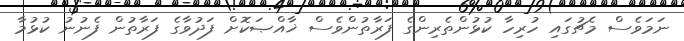
ނަމަވެސް މެޗުގައި ހުރިހާ ކުޅުންތެރިންގެ ފަރާތުންވެސް ޚާއްޞަކޮށް ފަދުވާގެ ފަރާތުން ފެނުނު ކުޅުމާ